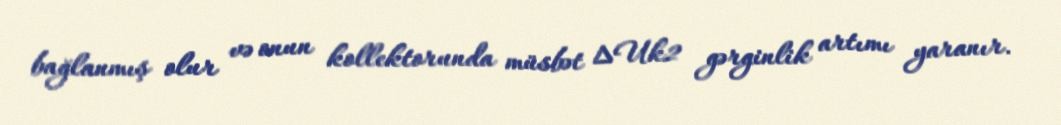
bağlanmış olur və onun kollektorunda müsbət ∆Uk2 gərginlik artımı yaranır.